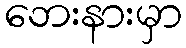
ဘေးနားမှာ